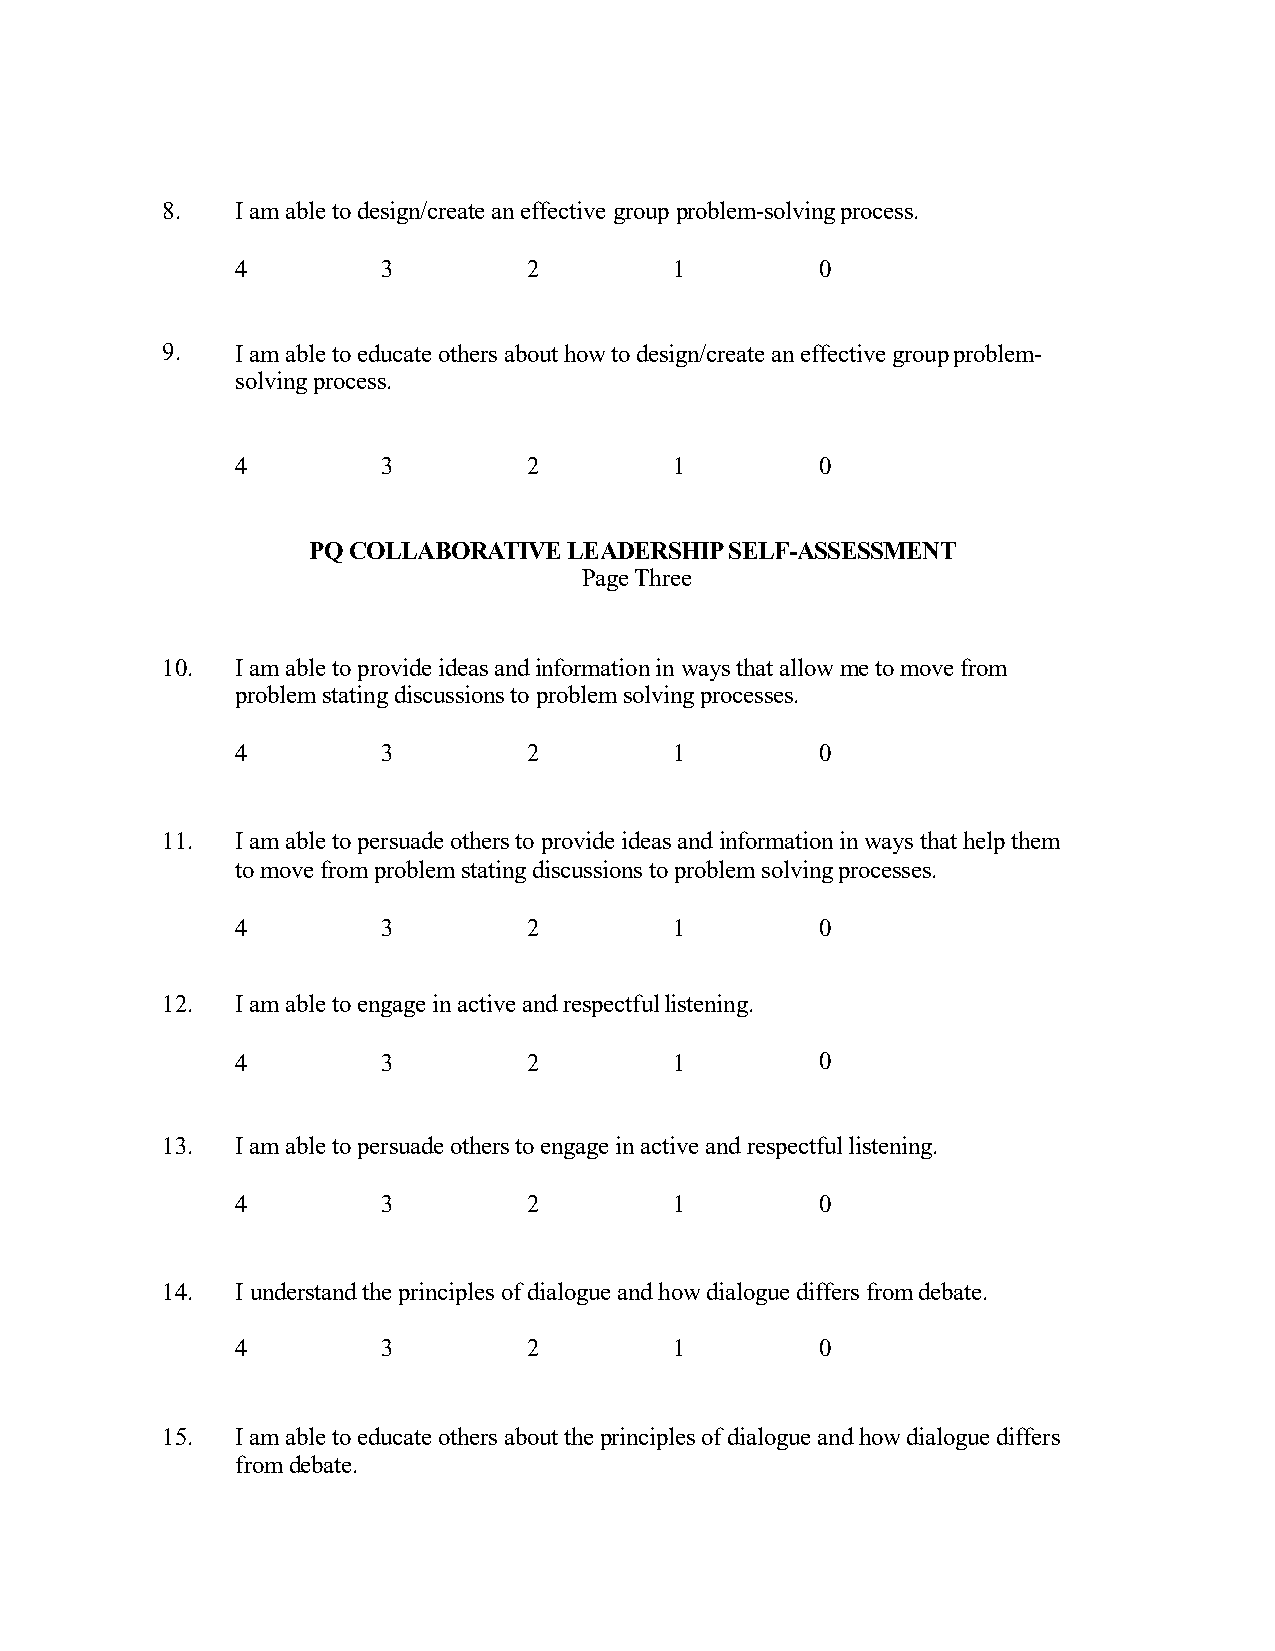
8.   I am able to design/create an effective group problem-solvingprocess.
 4        3         2         1        0
 9.   I am able to educate others about how to design/create an effective groupproblem-
 solvingprocess.
 4        3         2         1        0
 PQ COLLABORATIVE  LEADERSHIPSELF-ASSESSMENT
 PageThree
 10.  I am able to provide ideas and information in ways that allow me to move from
 problem stating discussions to problem solvingprocesses.
 4        3         2         1        0
 11.  I am able to persuade others to provide ideas and information in ways that help them
 to move from problem stating discussions to problem solvingprocesses.
 4        3         2         1        0
 12.  I am able to engage in active and respectfullistening.
 4        3         2         1        0
 13.  I am able to persuade others to engage in active and respectfullistening.
 4        3         2         1        0
 14.  I understand the principles of dialogue and how dialogue differs fromdebate.
 4        3         2         1        0
 15.  I am able to educate others about the principles of dialogue and how dialogue differs
 fromdebate.